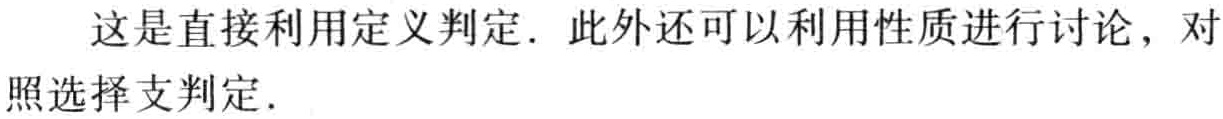
这是直接利用定义判定. 此外还可以利用性质进行讨论，对照选择支判定.